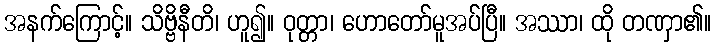
အနက်ကြောင့်။ သိဗ္ဗိနီတိ၊ ဟူ၍။ ဝုတ္တာ၊ ဟောတော်မူအပ်ပြီ။ အဿာ၊ ထို တဏှာ၏။